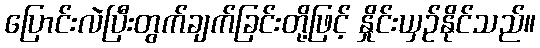
ပြောင်းလဲပြီးတွက်ချက်ခြင်းတို့ဖြင့် နှိုင်းယှဉ်နိုင်သည်။